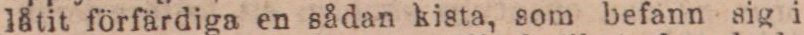
låtit förfärdiga en sådan kista, som befann sig i